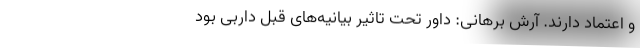
و اعتماد دارند. آرش برهانی: داور تحت تاثیر بیانیه‌های قبل داربی بود